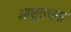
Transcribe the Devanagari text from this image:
आशुराचना